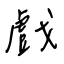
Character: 戲